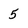
Character: 5